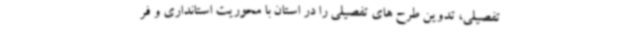
تفصیلی، تدوین طرح های تفصیلی را در استان با محوریت استانداری و فر